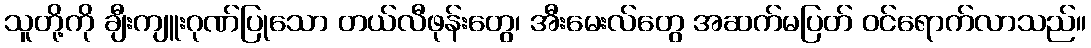
သူတို့ကို ချီးကျူးဂုဏ်ပြုသော တယ်လီဖုန်းတွေ၊ အီးမေးလ်တွေ အဆက်မပြတ် ဝင်ရောက်လာသည်။